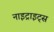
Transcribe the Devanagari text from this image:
नाइट्राइट्स